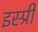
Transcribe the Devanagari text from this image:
इस्प्री